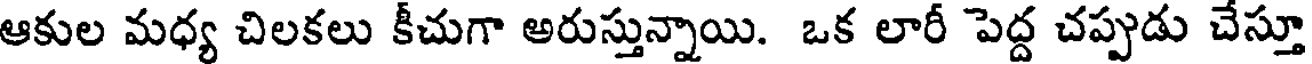
ఆకుల మధ్య చిలకలు కీచుగా అరుస్తున్నాయి. ఒక లారీ పెద్ద చప్పుడు చేస్తూ